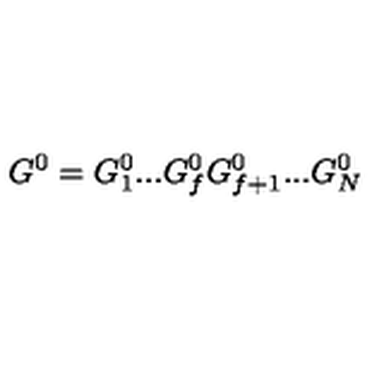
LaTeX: G ^ { 0 } = G _ { 1 } ^ { 0 } . . . G _ { f } ^ { 0 } G _ { f + 1 } ^ { 0 } . . . G _ { N } ^ { 0 }